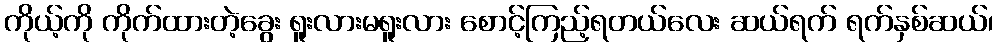
ကိုယ့်ကို ကိုက်ထားတဲ့ခွေး ရူးလားမရူးလား စောင့်ကြည့်ရတယ်လေး ဆယ်ရက် ရက်နှစ်ဆယ်၊